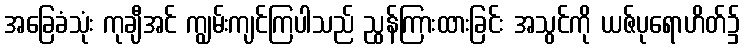
အခြေခံသုံး ကုချီအင် ကျွမ်းကျင်ကြပါသည် ညွန်ကြားထားခြင်း အသွင်ကို ယဇ်ပုရောဟိတ်၌